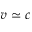
v \simeq c